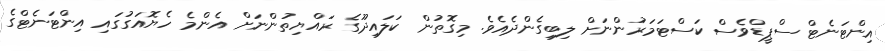
އިންޓަނެޓް ސްޕީޑްވެސް ކަސްޓަމަރުންނަށް ލިބިގެންދެއެވެ. މިގޮތުން ކަލައިދޫގެ ރައްޔިތުންނަށް އެންމެ ހެޔޮއަގުގައި އިންޓަނެޓްގެ